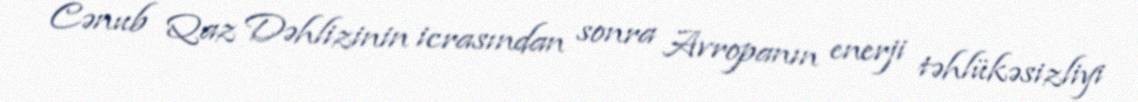
Cənub Qaz Dəhlizinin icrasından sonra Avropanın enerji təhlükəsizliyi